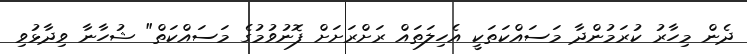
ދެން މިހާރު ކުރަމުންދާ މަސައްކަތަކީ އެހިލަތައް ރަށްރަށަށް ފޮނުވުމުގެ މަސައްކަތް" ޝުހާނާ ވިދާޅުވި